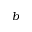
{ b }